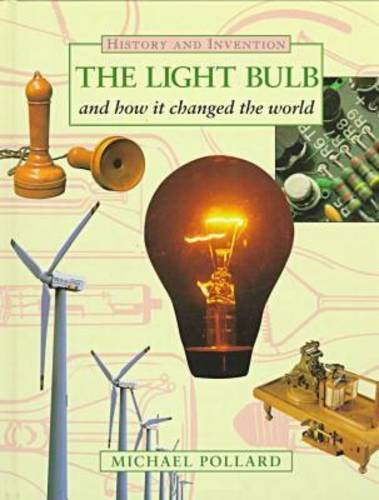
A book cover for The Light Bulb: And How It Changed the World (History & Invention); Michael Pollard; Children's Books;